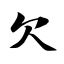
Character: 欠